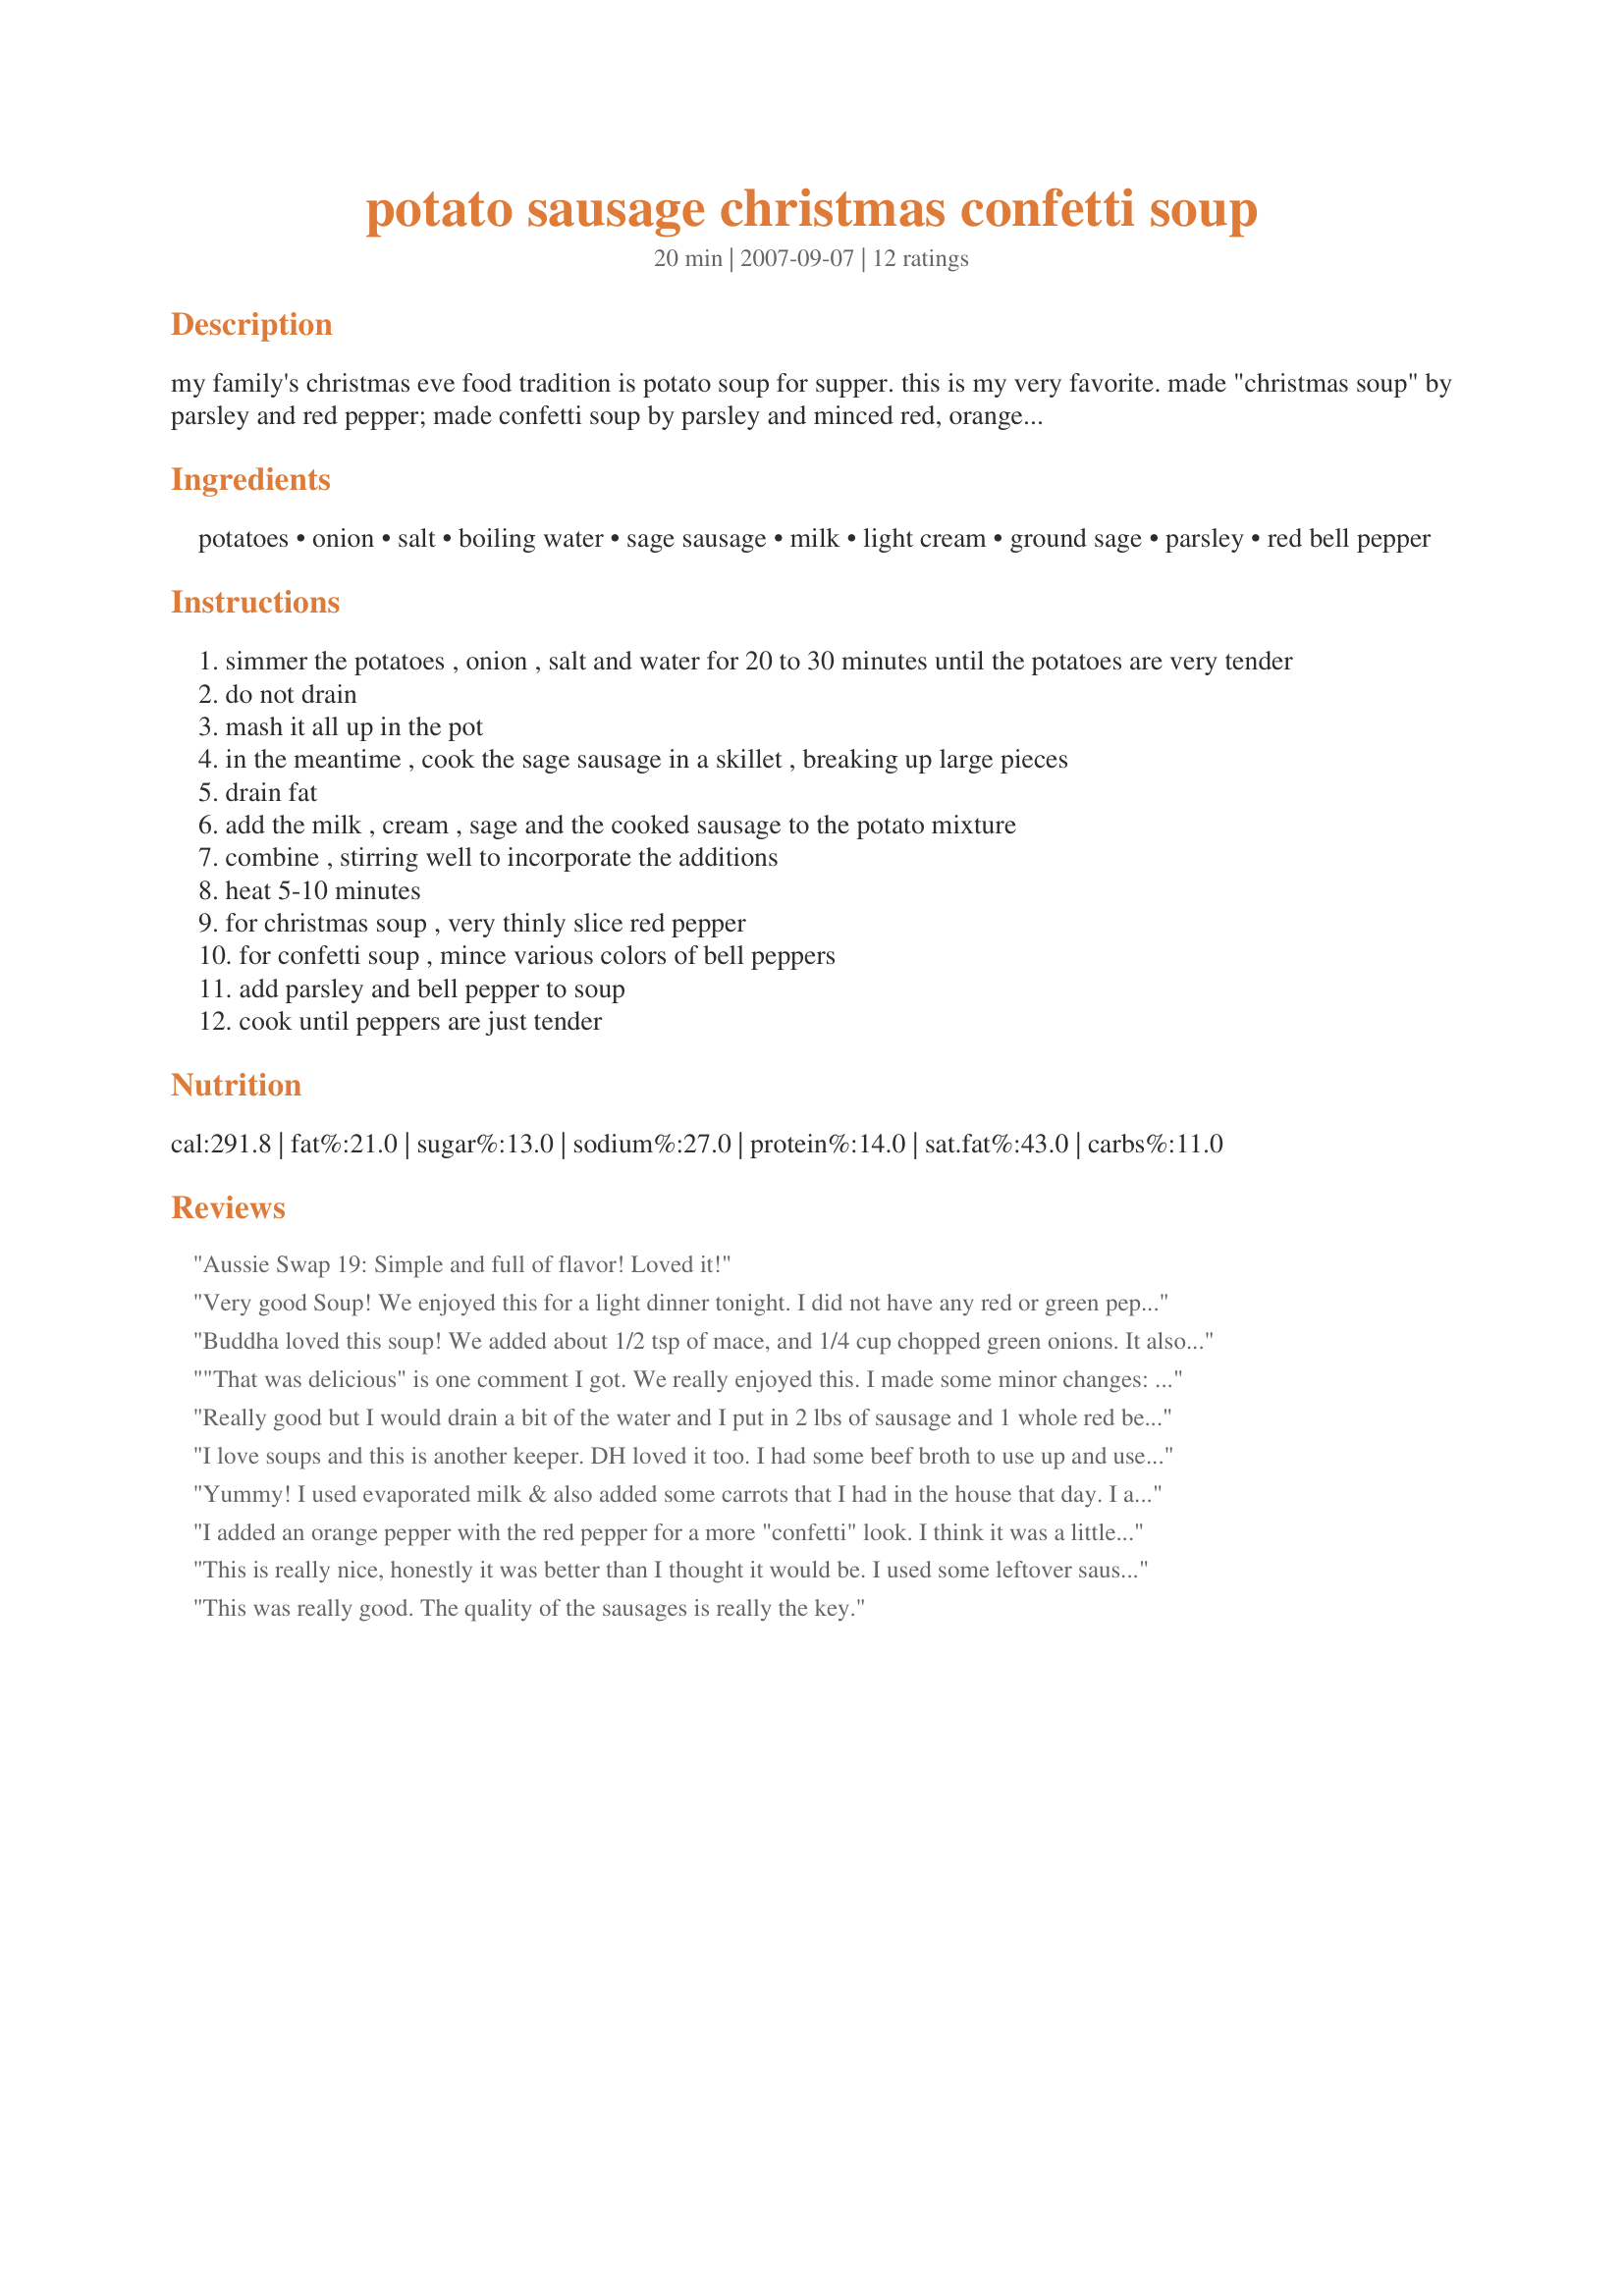
potato sausage christmas confetti soup
Preparation time: 20 minutes

my family's christmas eve food tradition is potato soup for supper. this is my very favorite. made "christmas soup" by parsley and red pepper; made confetti soup by parsley and minced red, orange, yellow and green peppers; i'll try purple too the next time i make it.

Ingredients:
potatoes, onion, salt, boiling water, sage sausage, milk, light cream, ground sage, parsley, red bell pepper

Steps:
simmer the potatoes , onion , salt and water for 20 to 30 minutes until the potatoes are very tender
do not drain
mash it all up in the pot
in the meantime , cook the sage sausage in a skillet , breaking up large pieces
drain fat
add the milk , cream , sage and the cooked sausage to the potato mixture
combine , stirring well to incorporate the additions
heat 5-10 minutes
for christmas soup , very thinly slice red pepper
for confetti soup , mince various colors of bell peppers
add parsley and bell pepper to soup
cook until peppers are just tender

Reviews:
Aussie Swap 19: Simple and full of flavor! Loved it!
Very good Soup! We enjoyed this for a light dinner tonight. I did not have any red or green pepper so I omitted. I used evaporated milk not cream. Made for Ausie Swap 35.
Buddha loved this soup! We added about 1/2 tsp of mace, and 1/4 cup chopped green onions. It also needed more salt and pepper to get more flavor from this soup. We used a mild sausage, and Buddha said next time he would use a Hot sausage for this recipe. Thanks for sharing this one.
"That was delicious" is one comment I got. We really enjoyed this. I made some minor changes: Since I used regular breakfast sausage instead of sage-style, I added extra sage to the soup. I added 1/4 tsp black pepper. And I used milk instead of adding any cream. I didn't add any peppers to the pot of soup because some in my family don't like them. So I diced some roasted red pepper to add to individual bowls at serving time. This was easy, yet tasty enough for special occasions. For every day serving, I think it would be more budget-and-diet-conscious if the sausage were stretched over a bit more soup. So when I make this again, I might increase the other amounts except for the sausage. (the calorie count doesn't include sausage - per my package's calculations, it more than doubles the fat and calorie content of the soup - I'd like to reduce it a bit). Thanks for sharing your family recipe.
Really good but I would drain a bit of the water and I put in 2 lbs of sausage and 1 whole red bell pepper
I love soups and this is another keeper. DH loved it too. I had some beef broth to use up and used it for part of the boiling water. I also added some green beans and corn. With the chopped up red pepper it looked very pretty.
Yummy! I used evaporated milk & also added some carrots that I had in the house that day. I am going to try and freeze this for a later date. I really hope it is just as delicious as the first time around.
I added an orange pepper with the red pepper for a more "confetti" look. I think it was a little strong on the sage but perhaps it was my sage sausage (store-brand)
This is really nice, honestly it was better than I thought it would be. I used some leftover sausages I had that were a bit spicy, and also added just a little white pepper to kick it up a bit. Also added some fresh sage. I used an entire container of evaporated milk, and just 1/2 cup of regular milk. A nice homey type of soup.
This was really good. The quality of the sausages is really the key.
This recipe was the inspiration for dinner tonight. I subbed hamburger for sausage so I added extra ground sage. I used 3 bouillon beef cubes and an extra cup of water so no milk or evaporated milk. I used 6 oz of cream cheese and about 1 cup of cheese whiz instead. I also had some cooked bacon and chopped celery that I threw in too. This made for a great dinner - we all loved it and will make it again.
I am giving five stars because my husband said to give it ten. My kids weren't as impressed by it. I used half and half in place of milk and cream and added extra sausage and some pepper and granulated garlic. 
(made for "please try my recipe" tag)
